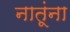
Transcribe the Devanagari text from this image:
नातूंना